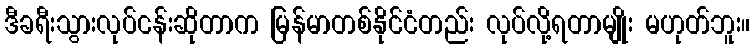
ဒီခရီးသွားလုပ်ငန်းဆိုတာက မြန်မာတစ်နိုင်ငံတည်း လုပ်လို့ရတာမျိုး မဟုတ်ဘူး။